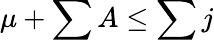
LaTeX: \mu+\sum A\leq\sum j